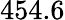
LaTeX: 454.6